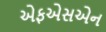
એફએસએન